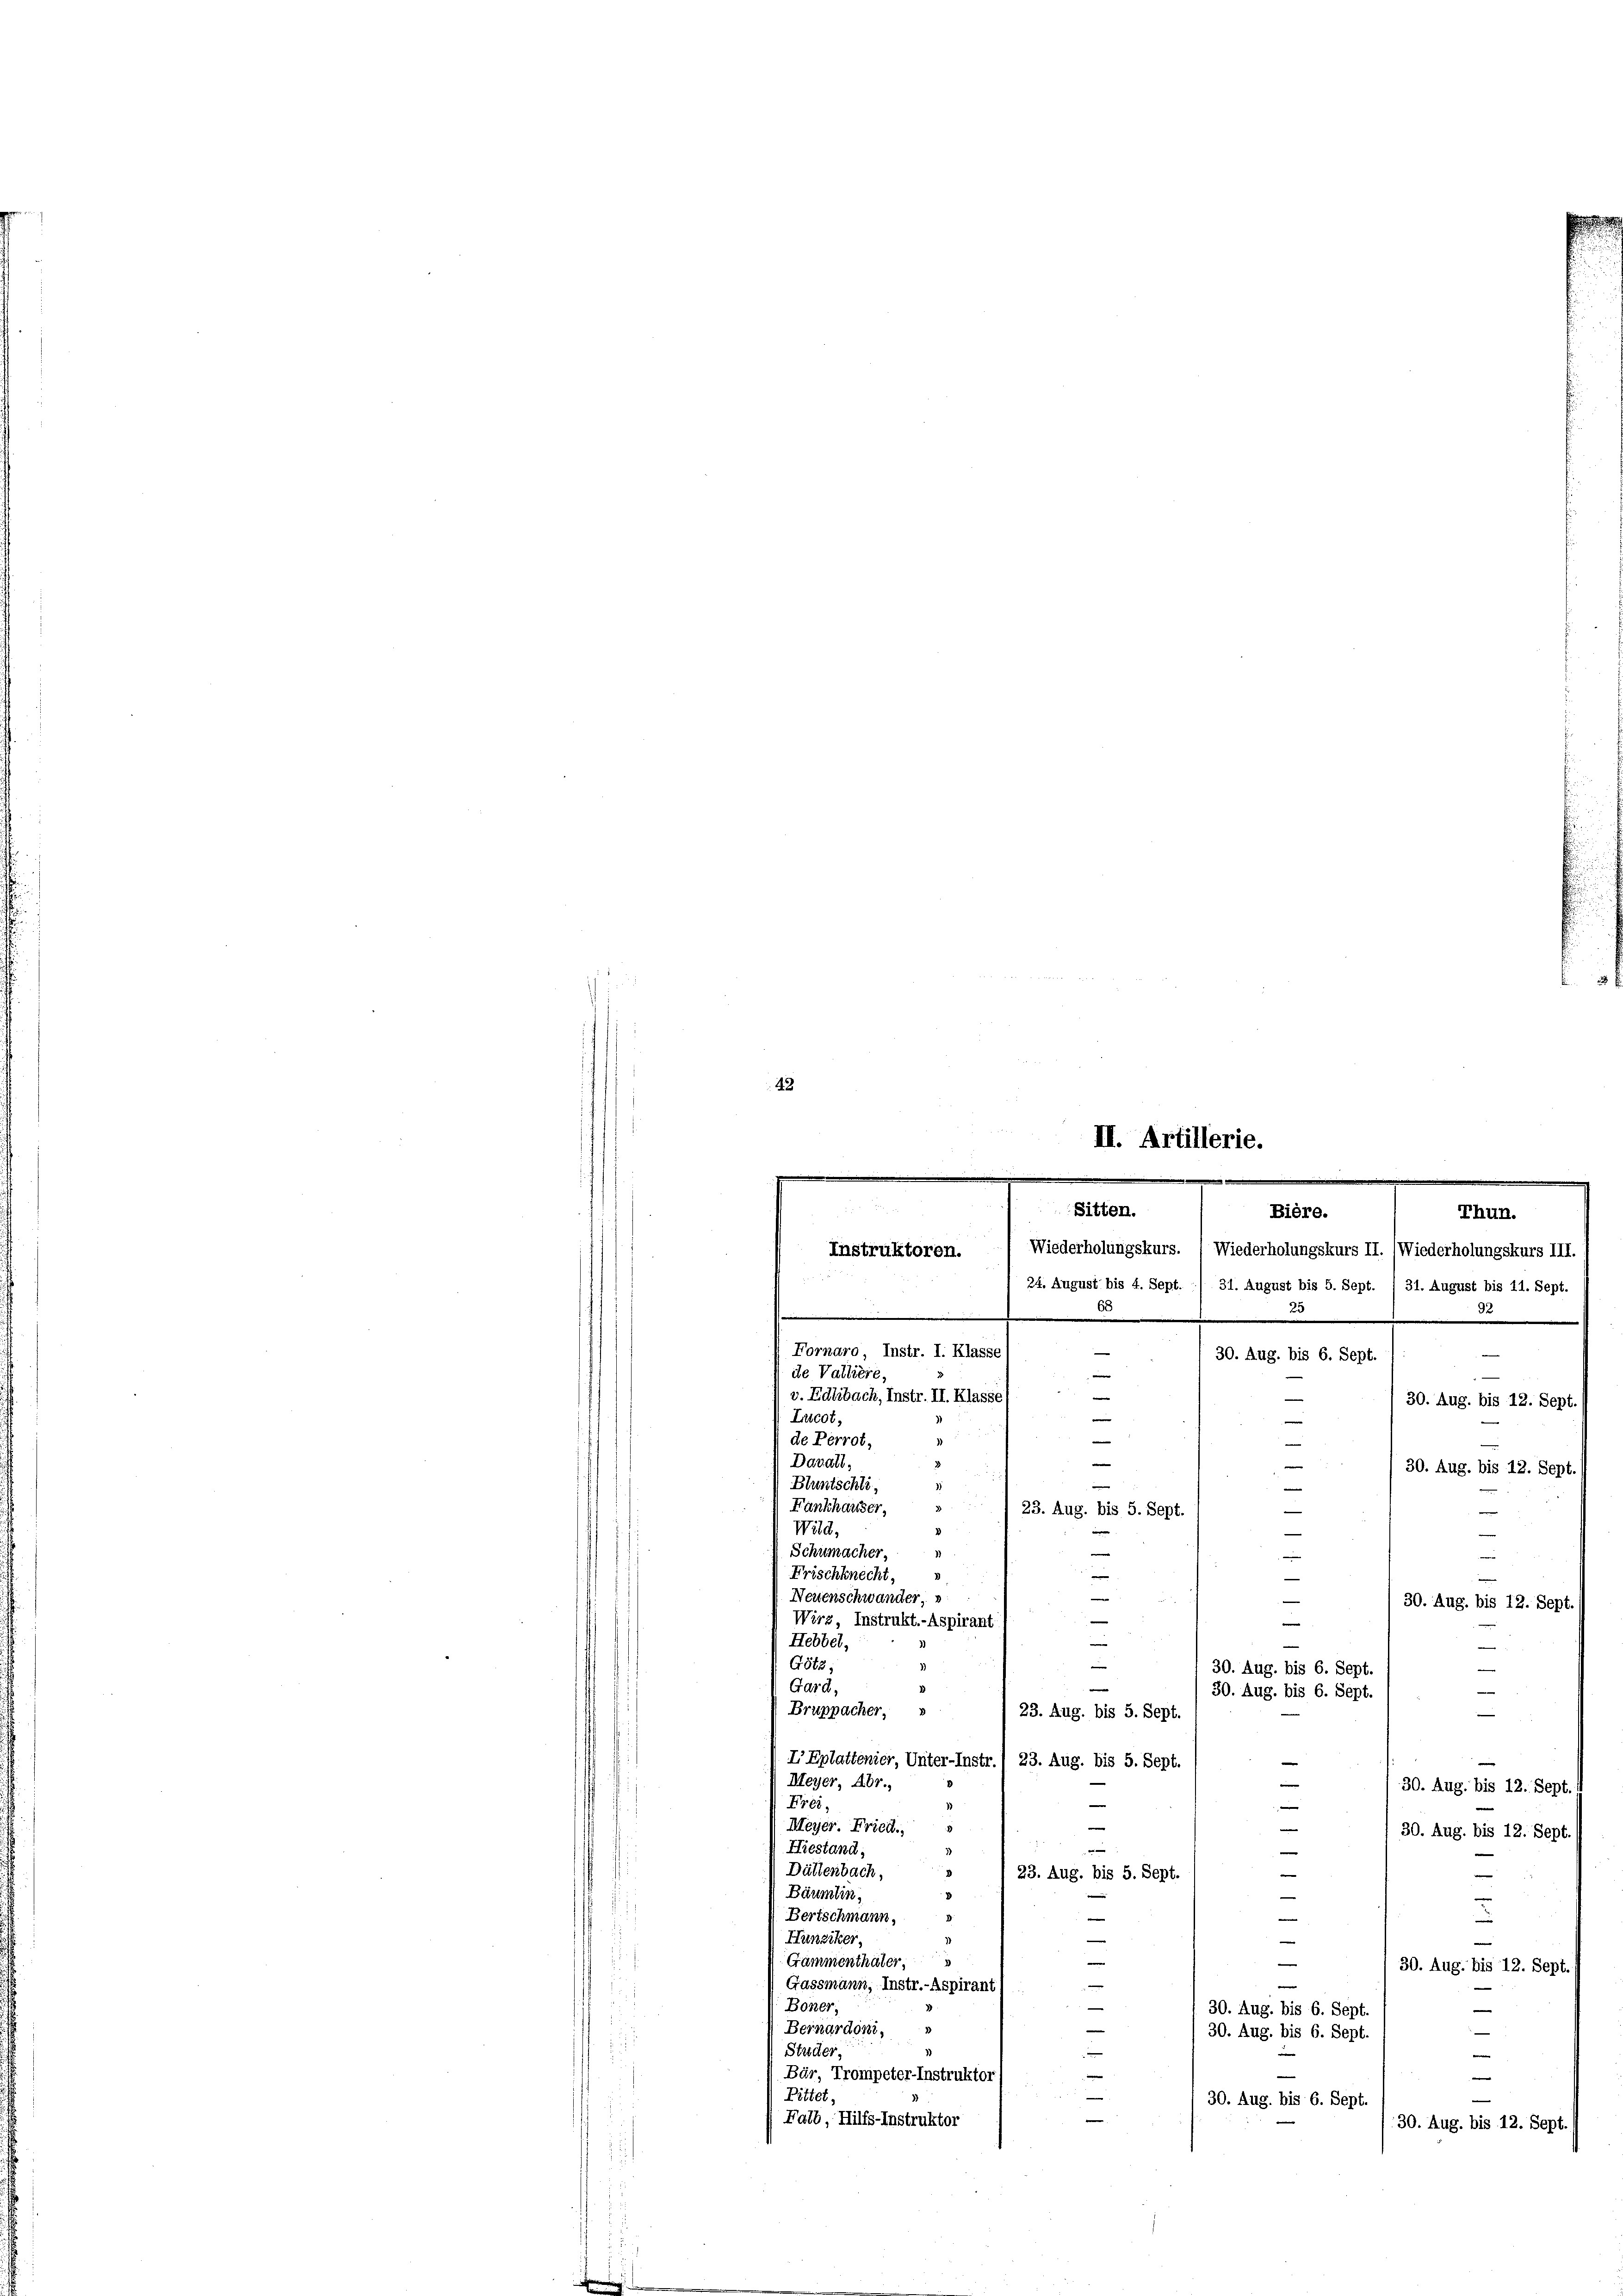
42
e

68
.
92
.
Fornaro, Instr. I. Klasse
—
30. Aug. bis 6. Sept.
de Valliere
v. Edlibach, Instr. II. Klasse)
.
30. Aug. bis 12. Sept
Lucot,
2
e
de Perrot.
e
e
Davall,
.
e
30. Aug. bis 12. Sept.
Bluntschli,
)
Fankhauser,

23. Aug. bis 5. Sept
Wild,
n
.
D
e
Schumacher,
e

Frischknecht,
Neuenschwander,
e
a
30. Aug. bis 12. Sept.
e
Wirz, Instrukt.-Aspirant

Hebbel,
e
Götz,
|
30. Aug. bis 6. Sept.
e
Gard,
30. Aug. bis 6. Sept.
Bruppacher,
—
23. Aug. bis 5. Sept
IEplattenier, Unter-Instr. 1 23. Aug. bis 5. Sept
Meyer, Abr.,
30. Aug. bis 12. Sept./
Frei,
e
e
Meyer. Fried.
|
1
30. Aug. bis 12. Sept

Hiestand,
e
Dältenbach,
d
23. Aug. bis 5. Sept.
e
Bäumlin,
e
Bertschmann,
e
.
Hunziker,
¬
—
e
3
Gammenthäter,
30. Aug. bis 12. Sept.

Gassmann, Instr.-Aspiran
Boner,
|
30. Aug. bis 6. Sept
d
Bernardoni,
30. Aug. bis 6. Sept.
Studer,
e
.
Bär, Trompeter-Instruktor
e
Pittet
a
30. Aug. bis 6. Sept.
Falb, Hilfs-Instruktor
30. Aug. bis 12. Sept.

II. Artillerie.

.
Sitten.
Bière.
Thun.
Wiederholungskurs. ( Wiederholungskurs II. (Wiederholungskurs III.
Instruktoren.
e
24. August bis 4. Sept. / 31. August bis 5. Sept. 1 31. August bis 11. Sept